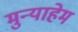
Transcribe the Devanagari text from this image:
मुन्याहेम